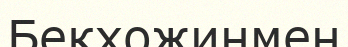
Бекхожинмен